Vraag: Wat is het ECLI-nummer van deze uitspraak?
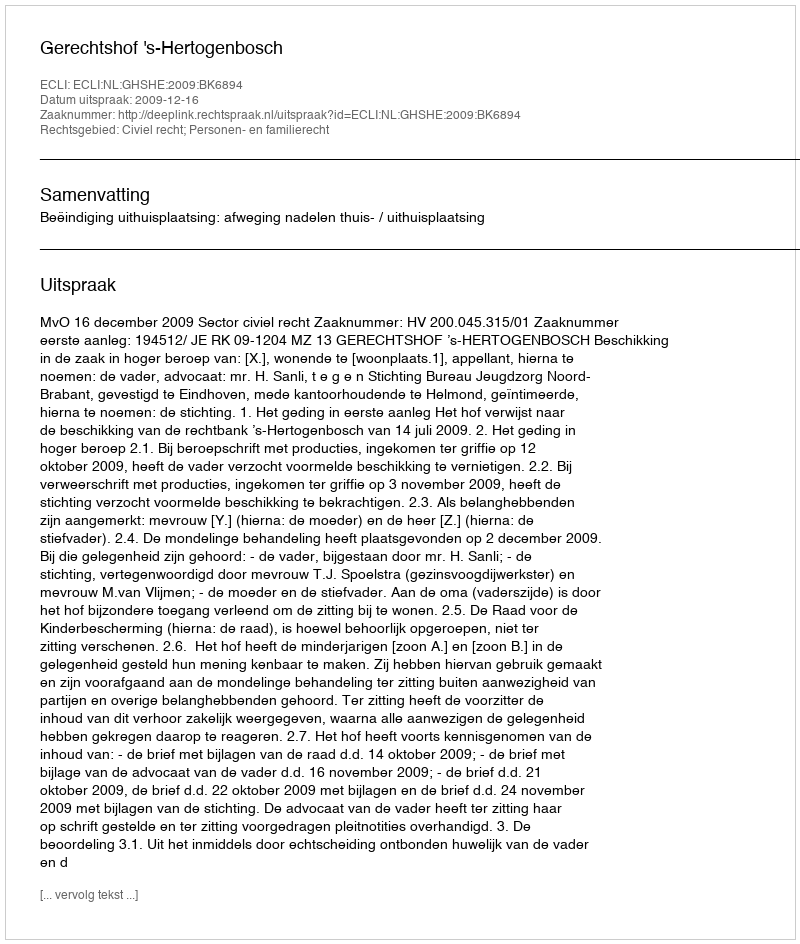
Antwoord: ECLI:NL:GHSHE:2009:BK6894